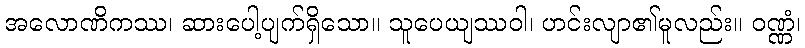
အလောဏိကဿ၊ ဆားပေါ့ပျက်ရှိသော။ သူပေယျဿဝါ၊ ဟင်းလျာ၏မူလည်း။ ဝဏ္ဏံ၊